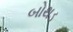
બોથડ